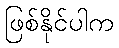
ဖြစ်နိုင်ပါက